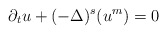
\begin{align*}\partial_t u +(-\Delta)^{s}(u^m)=0\end{align*}